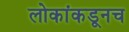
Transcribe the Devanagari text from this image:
लोकांकडूनच